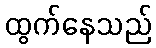
ထွက်နေသည်